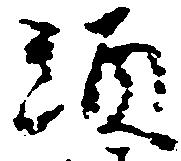
頭